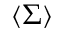
\langle \Sigma \rangle